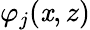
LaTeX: \varphi_{j}(\mathit{x},z)